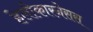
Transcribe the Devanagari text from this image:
हेलीकारनेसस